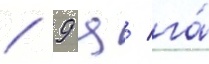
/ 9 ц/ га́